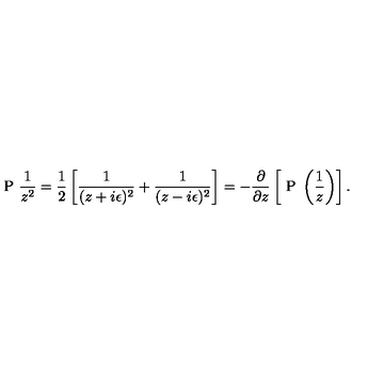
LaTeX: \textrm { P } \frac { 1 } { z ^ { 2 } } = \frac { 1 } { 2 } \left[ \frac { 1 } { ( z + i \epsilon ) ^ { 2 } } + \frac { 1 } { ( z - i \epsilon ) ^ { 2 } } \right] = - { \frac { \partial } { \partial z } } \left[ \textrm { P } \left( { \frac { 1 } { z } } \right) \right] .